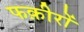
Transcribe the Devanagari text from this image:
फक़ीरों